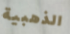
الذهبية